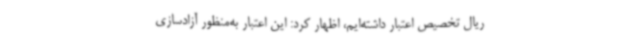
ریال تخصیص اعتبار داشته‌ایم، اظهار کرد: این اعتبار به‌منظور آزادسازی